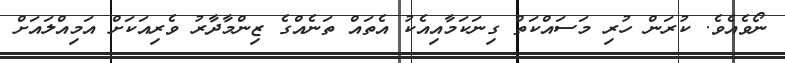
ނޯވެއެވެ. ކުރަން ހުރި މަސައްކަތް ގިނަކަމާއިއެކު އެތައް ތަނެއްގެ ޒިންމާދާރު ވެރިއަކަށް އަމިއްލައަށް